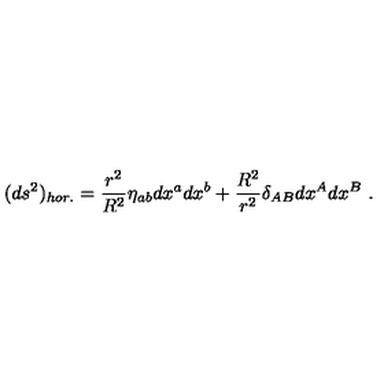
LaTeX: ( d s ^ { 2 } ) _ { h o r . } = \frac { r ^ { 2 } } { R ^ { 2 } } \eta _ { a b } d x ^ { a } d x ^ { b } + \frac { R ^ { 2 } } { r ^ { 2 } } \delta _ { A B } d x ^ { A } d x ^ { B } \ .